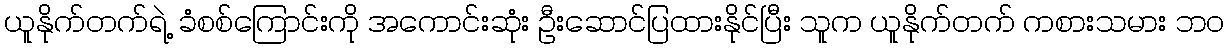
ယူနိုက်တက်ရဲ့ ခံစစ်ကြောင်းကို အကောင်းဆုံး ဦးဆောင်ပြထားနိုင်ပြီး သူက ယူနိုက်တက် ကစားသမား ဘဝ